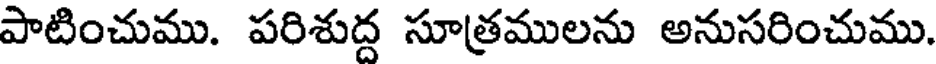
పాటించుము. పరిశుద్ద సూత్రములను అనుసరించుము.